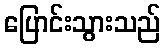
ပြောင်းသွားသည်